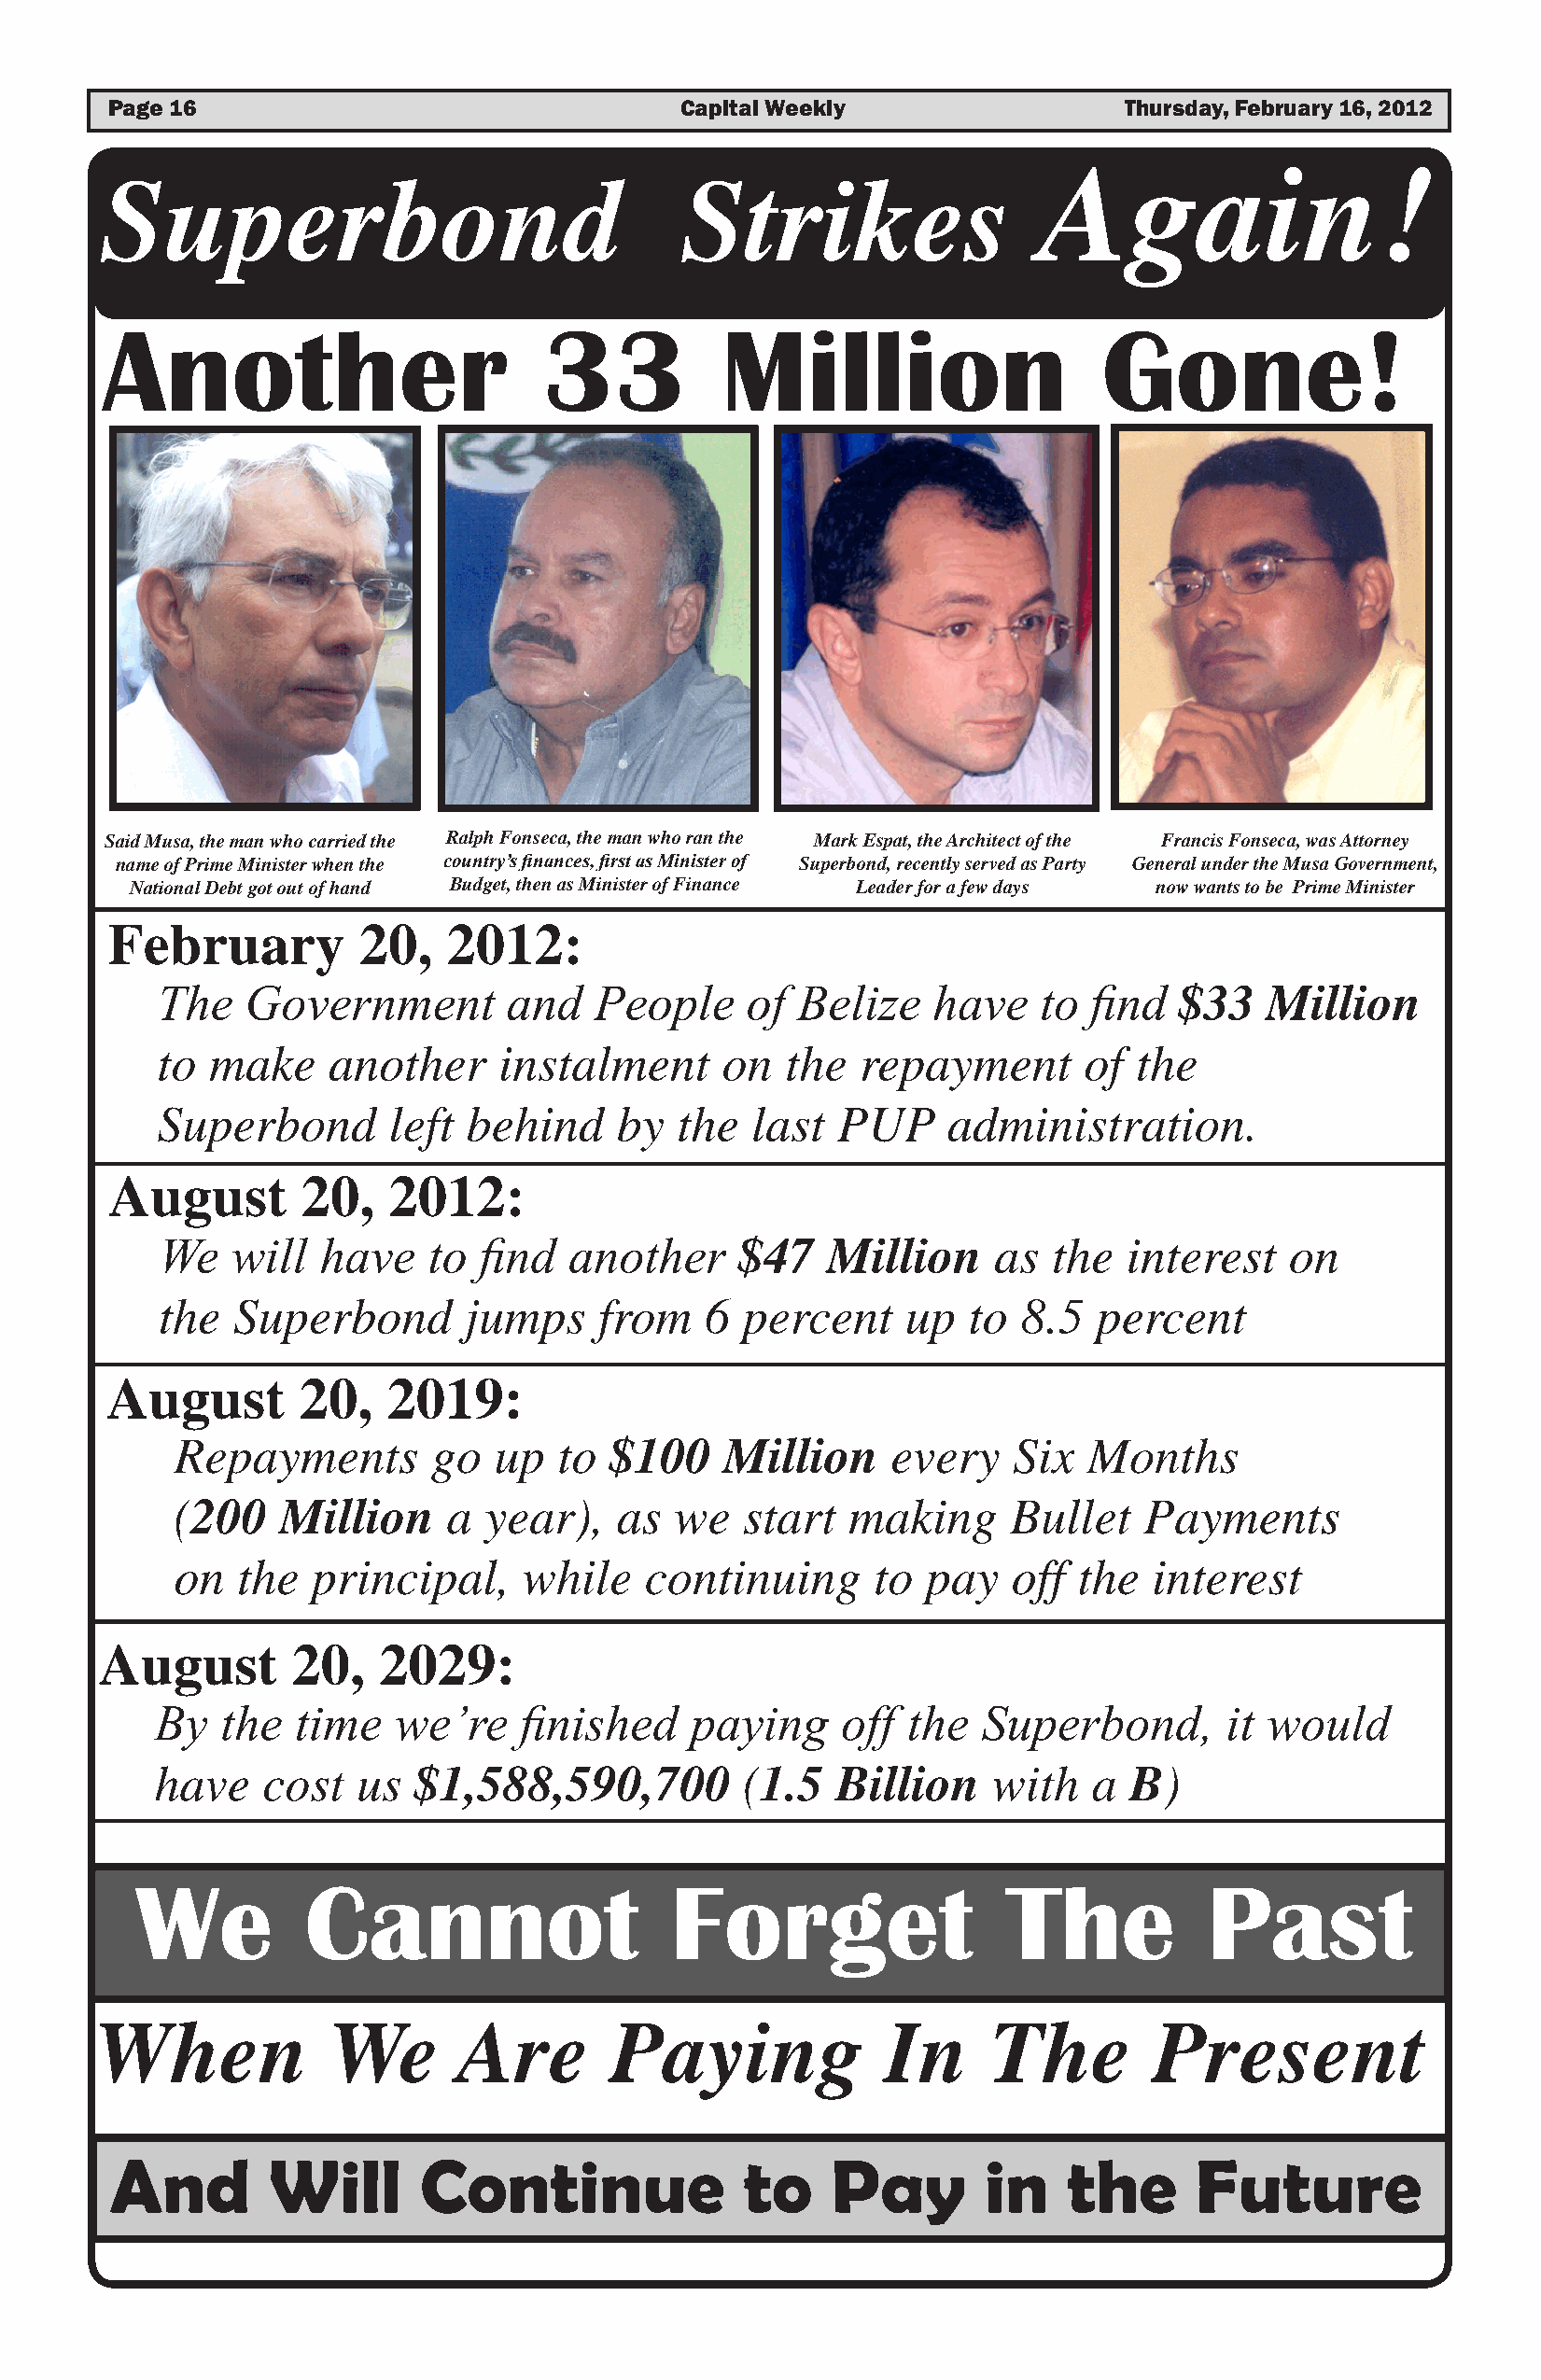
Major Works in the Capital
 Page 16                                 Capital Weekly                  Thursday, February 16, 2012
 Again!
 Superbond                                Strikes
 Another                        33           Million                    Gone!
 Said Musa, the man who carried the Ralph Fonseca, the man who ran the Mark Espat, the Architect of the Francis Fonseca, was Attorney
 name of Prime Minister when the country’s finances, first as Minister of Superbond, recently served as Party General under the Musa Government,
 National Debt got out of hand Budget, then as Minister of Finance Leader for a few days now wants to be Prime Minister
 February         20,    2012:
 The   Government         and   People     of  Belize   have    to find   $33   Million
 to  make    another     instalment      on   the  repayment       of  the
 Superbond        left behind     by  the  last  PUP     administration.
 August       20,    2012:
 We   will   have   to  find  another     $47    Million    as   the  interest   on
 the   Superbond       jumps    from    6  percent    up   to 8.5   percent
 August       20,   2019:
 Repayments         go  up   to $100    Million     every    Six  Months
 (200    Million     a year),    as  we   start  making      Bullet   Payments
 on   the  principal,     while    continuing      to  pay   off the   interest
 August        20,   2029:
 By   the  time   we’re    finished    paying     off the   Superbond,       it would
 have    cost  us  $1,588,590,700          (1.5  Billion    with   a  B)
 We          Cannot                    Forget                 The            Past
 When            We       Are        Paying              In     The         Present
 And        Will       Continue               to    Pay        in    the      Future